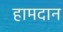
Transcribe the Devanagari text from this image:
हामदान